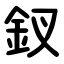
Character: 釵